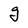
Character: g